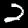
Digit: 2